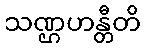
သဏ္ဌဟန္တီတိ